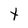
Character: t